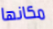
مكانها